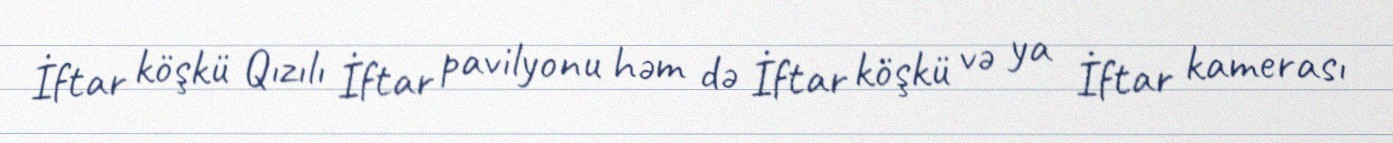
İftar köşkü Qızılı İftar pavilyonu həm də İftar köşkü və ya İftar kamerası